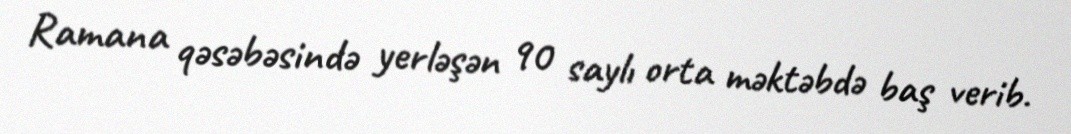
Ramana qəsəbəsində yerləşən 90 saylı orta məktəbdə baş verib.